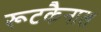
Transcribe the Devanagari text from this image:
रूटकैनाल